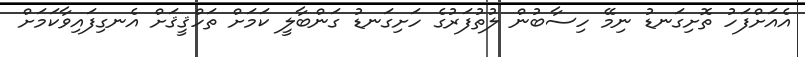
އެއަށްފަހު ތޮށިގަނޑު ނިމޭ ހިސާބުން ލުތުފަރުގެ ހަށިގަނޑު ގަންބާލީ ކަމަށް ތަހްޤީޤަށް އެނގިފައިވާކަމަށް